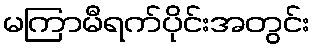
မကြာမီရက်ပိုင်းအတွင်း